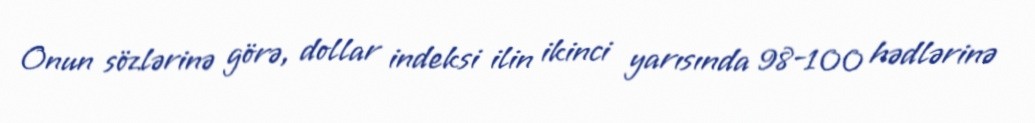
Onun sözlərinə görə, dollar indeksi ilin ikinci yarısında 98-100 hədlərinə